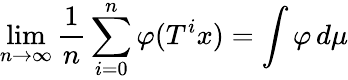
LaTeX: \operatorname*{lim}_{n\rightarrow\infty}{\frac{1}{n}}\sum_{i=0}^{n}\varphi(T^{i}x)=\int\varphi\, d\mu